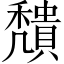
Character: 穨